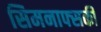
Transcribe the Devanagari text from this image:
सिमनाफ्सकी